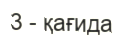
3 - қағида